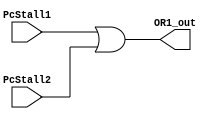
module OR1 (
    input  PcStall1,
    input  PcStall2,
    output OR1_out 
);
    assign OR1_out = PcStall1 | PcStall2;

endmodule //OR

module OR2 (
    input  IF_ID_Stall1,
    input  IF_ID_Stall2,
    output OR2_out  
);
    assign OR2_out = IF_ID_Stall1 | IF_ID_Stall2;

endmodule //OR

module OR3 (
    input  HDU1_block,
    input  HDU2_block,
    input  Cause_block,
    output OR3_out
);

    assign OR3_out = HDU1_block | HDU2_block | Cause_block;

endmodule //OR

module OR4 (
    input  Skip_IF_Flush,
    input  Cause_IF_Flush,
    output OR4_out
);

    assign OR4_out = Skip_IF_Flush | Cause_IF_Flush;

endmodule //OR